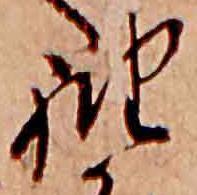
袖